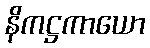
နိကဋ္ဌကာယော